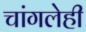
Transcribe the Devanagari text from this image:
चांगलेही